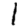
Digit: 1